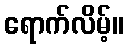
ရောက်လိမ့်။